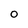
Character: 0